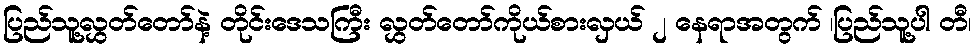
ပြည်သူ့လွှတ်တော်နဲ့ တိုင်းဒေသကြီး လွှတ်တော်ကိုယ်စားလှယ် ၂ နေရာအတွက် ၊ပြည်သူ့ပါ တီ၊